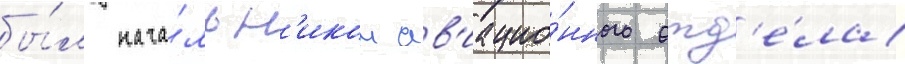
бы́л нача́льн'иком ав'иацио́нного отд'е́ла